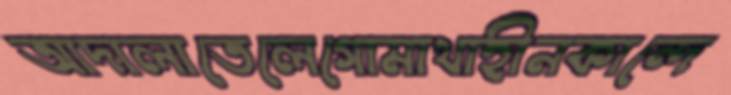
আদালাতেলেগোমাথাহীনকান্দে